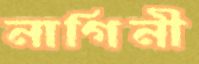
নাগিনী